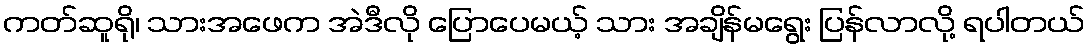
ကတ်ဆူရို၊ သားအဖေက အဲဒီလို ပြောပေမယ့် သား အချိန်မရွေး ပြန်လာလို့ ရပါတယ်